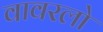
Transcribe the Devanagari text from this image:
वावरलो